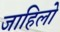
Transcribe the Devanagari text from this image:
जाहिलो